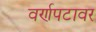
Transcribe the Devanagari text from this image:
वर्णपटावर